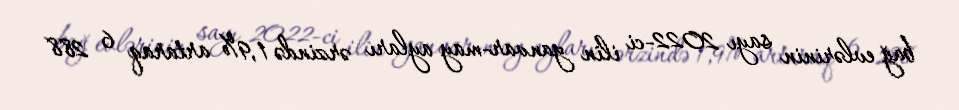
bağ evlərinin sayı 2022-ci ilin yanvar-may ayları ərzində 1,9% artaraq 6 288